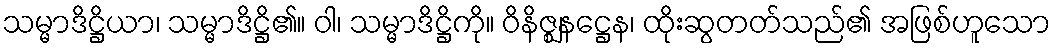
သမ္မာဒိဋ္ဌိယာ၊ သမ္မာဒိဋ္ဌိ၏။ ဝါ၊ သမ္မာဒိဋ္ဌိကို။ ဝိနိဇ္ဈနဋ္ဌေန၊ ထိုးဆွတတ်သည်၏ အဖြစ်ဟူသော